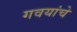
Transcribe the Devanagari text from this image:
गवयांचे